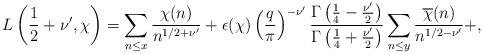
LaTeX: \begin{align*}L\left(\frac{1}{2}+\nu',\chi\right) = \sum_{n\leq x}\frac{\chi(n)}{n^{1/2+\nu'}} + \epsilon(\chi)\left(\frac{q}{\pi}\right)^{-\nu'} \frac{\Gamma\left(\frac{1}{4}-\frac{\nu'}{2}\right)}{ \Gamma\left(\frac{1}{4} + \frac{\nu'}{2}\right)} \sum_{n\leq y} \frac{\overline{\chi}(n)}{n^{1/2-\nu'}} + ,\end{align*}